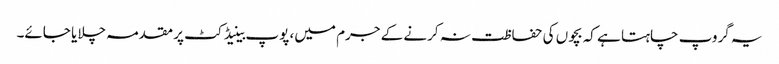
یہ گروپ چاہتا ہے کہ بچوں کی حفاظت نہ کرنے کے جرم میں، پوپ بینیڈکٹ پر مقدمہ چلایا جائے۔